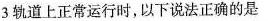
3轨道上正常运行时，以下说法正确的是